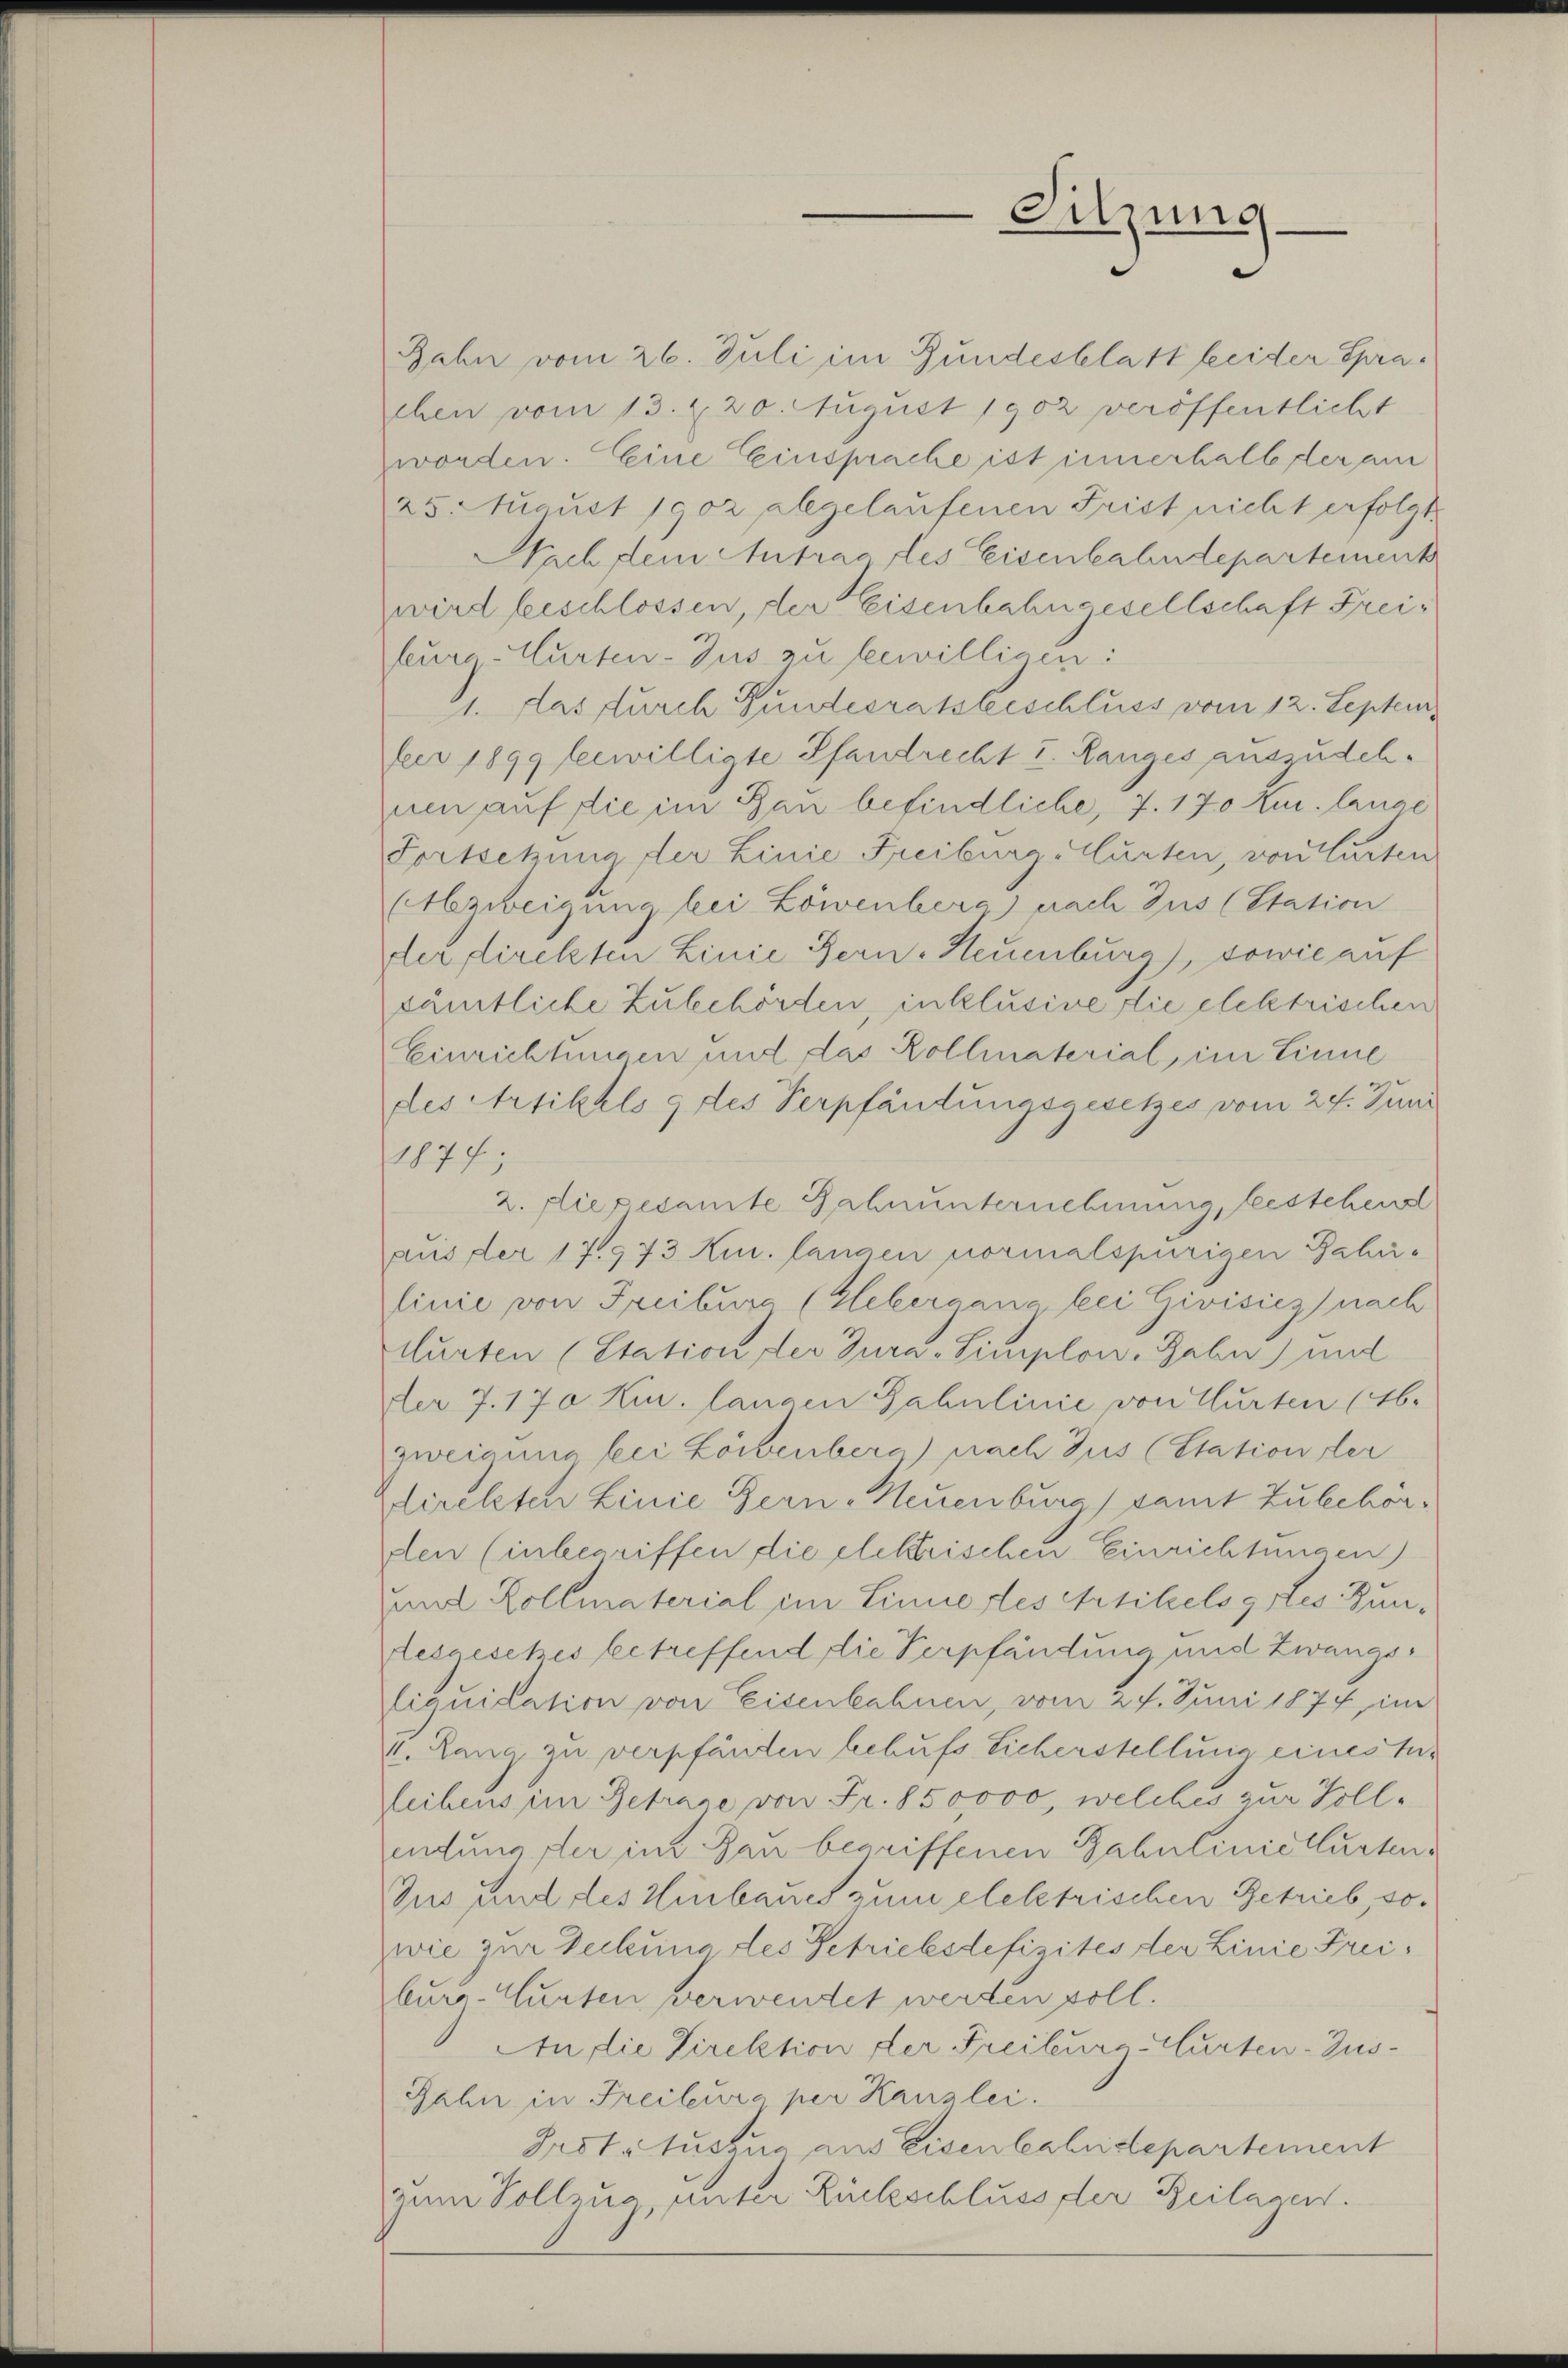
Jahn vom 26. Juli im Bundesblatt heider Sprachen vom 13. Z. 20. Aŭgŭst 1902 veröffentlicht
worden. Eine Einsprache ist innerhalb der am
25. August 1902 abgelaufenen Frist nicht erfolgt
Nach dem Antrag des Eisenbahndepartement
wird beschlossen, der Eisenbahngesellschaft Freiteure Murten- Jus zu bewilligen:
11. das durch Gundesratsbeschluss vom 12. Septemfer 1899 bewilligte Pfandrecht I. Ranges auszudehnen auf die im Bau befindliche, 7. 170 Kur. lange
Fortsetzung der Linie Freiburg Murten, von Carten
Abzweigung bei Löwenberg) nach Jus (Station
der direkten Linie Bern. Neuenburg), sowie auf
sämtliche Zubehörden, inklusive die elektrischen
Einrichtungen und das Kollaterial im Linne
des Artikels 9 des Verpfändungsgesetzes vom 24. Juni
1877;
2. Diepesamte Zahnunternehmung, bestehens
aus der 17.973 Kur. langen normalspurigen Jahrlinie von Freiburg (Glebergane bei Givisiez) nach
curten (Station der Jura -Simplon, Zahn) mit
er 7. 170. Kur. langen Fahulinie von Murten (16.
zweigung bei Lorbenberg) nach Jus (Station der
direkten Linie Gern-Neuenburg) samt Zubehörden (inbegriffen die elektrischen Einrichtungen)
und Kollmaterial in Linnertes Artikels gutes Buntesgesetzes betreffend die Verpfändung und Zwangsliquidation von Eisenbahnen, vom 27. Juni 1874, im
l. Lang zu verpfänden behufs Sicherstellung eines tu-
leibens im Betrare von Fr. 850,000, welches zur Volleitung der im Bau begriffenen Bahnlinie Kartens
Ius und des Hinbaues zum elektrischen Getrieb, sowie zur Teilung des Getriebesdefizites der Linie Freieur-Würten verwendet werden soll.
An die Direktion der Freibeuraturten-Zus¬
Jahn in Freiheura per Kanzlei.
Prot. Auszua aus Eisenbahndepartement
zum Vollzug unter Rückschluss der Beilagen.

Sitzung